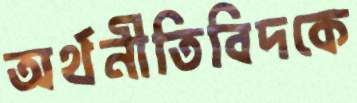
অর্থনীতিবিদকে